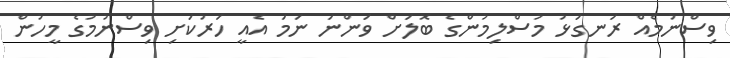
ވިސްނުމެއް ރަނގަޅު މުސްލިމުންގެ ބޮލަށް ވަންނަ ނަމަ އެއީ ހަރުކަށި ވިސްނުމުގެ މީހުން